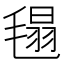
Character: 㲩